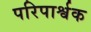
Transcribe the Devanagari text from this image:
परिपार्श्वक